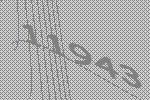
11943